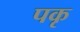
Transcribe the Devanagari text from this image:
पकृ